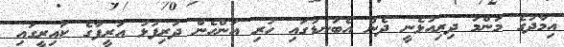
އިމާދުގެ މަންމަ ދިރިއުޅެނީ ދެން އެބަނޑުގައި ހުރި އަންހެން ދަރިފުޅު އަރީފާގެ ކައިރީގައި